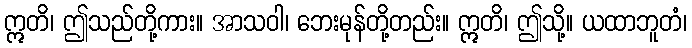
ဣတိ၊ ဤသည်တို့ကား။ အာသဝါ၊ ဘေးမုန်တို့တည်း။ ဣတိ၊ ဤသို့။ ယထာဘူတံ၊